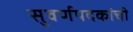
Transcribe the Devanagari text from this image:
सुवर्णपदकांची